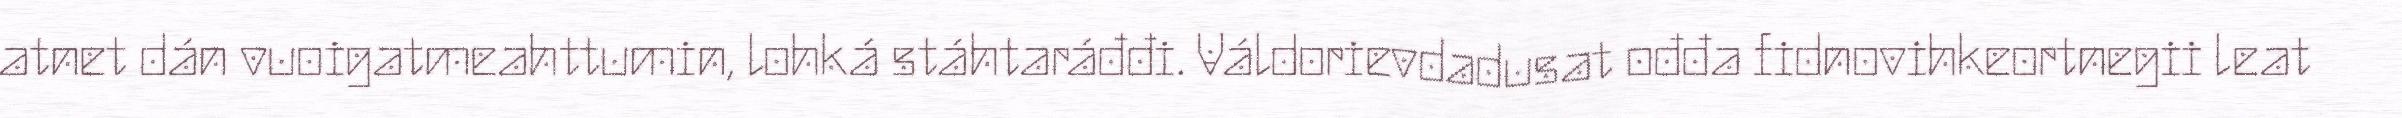
atnet dán vuoigatmeahttumin, lohká stáhtaráđđi. Váldorievdadusat ođđa fidnovihkeortnegii leat